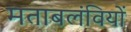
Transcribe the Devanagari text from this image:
मताबलंवियों